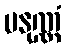
ပနုဏ္ဏံ